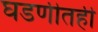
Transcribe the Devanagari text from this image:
घडणीतही